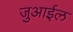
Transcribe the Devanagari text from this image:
जुआईल